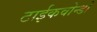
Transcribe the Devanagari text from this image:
टाईकवोन्डो